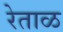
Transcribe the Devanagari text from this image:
रेताळ